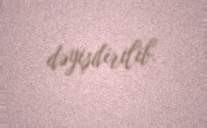
dəyişdirilib.